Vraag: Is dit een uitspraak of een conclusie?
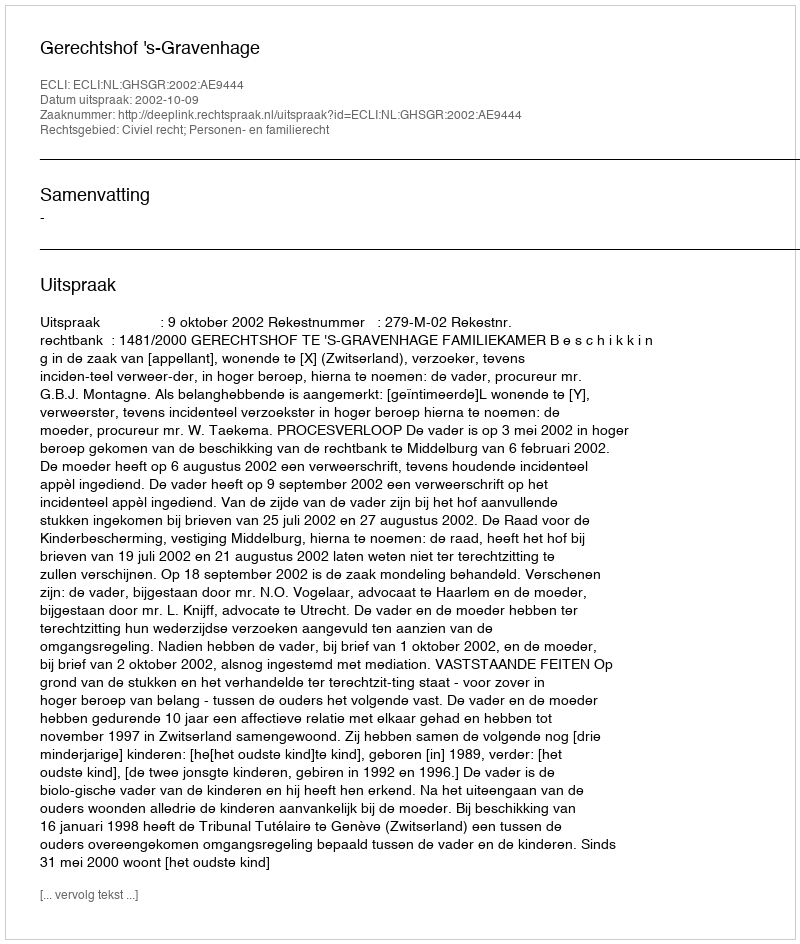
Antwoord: Uitspraak